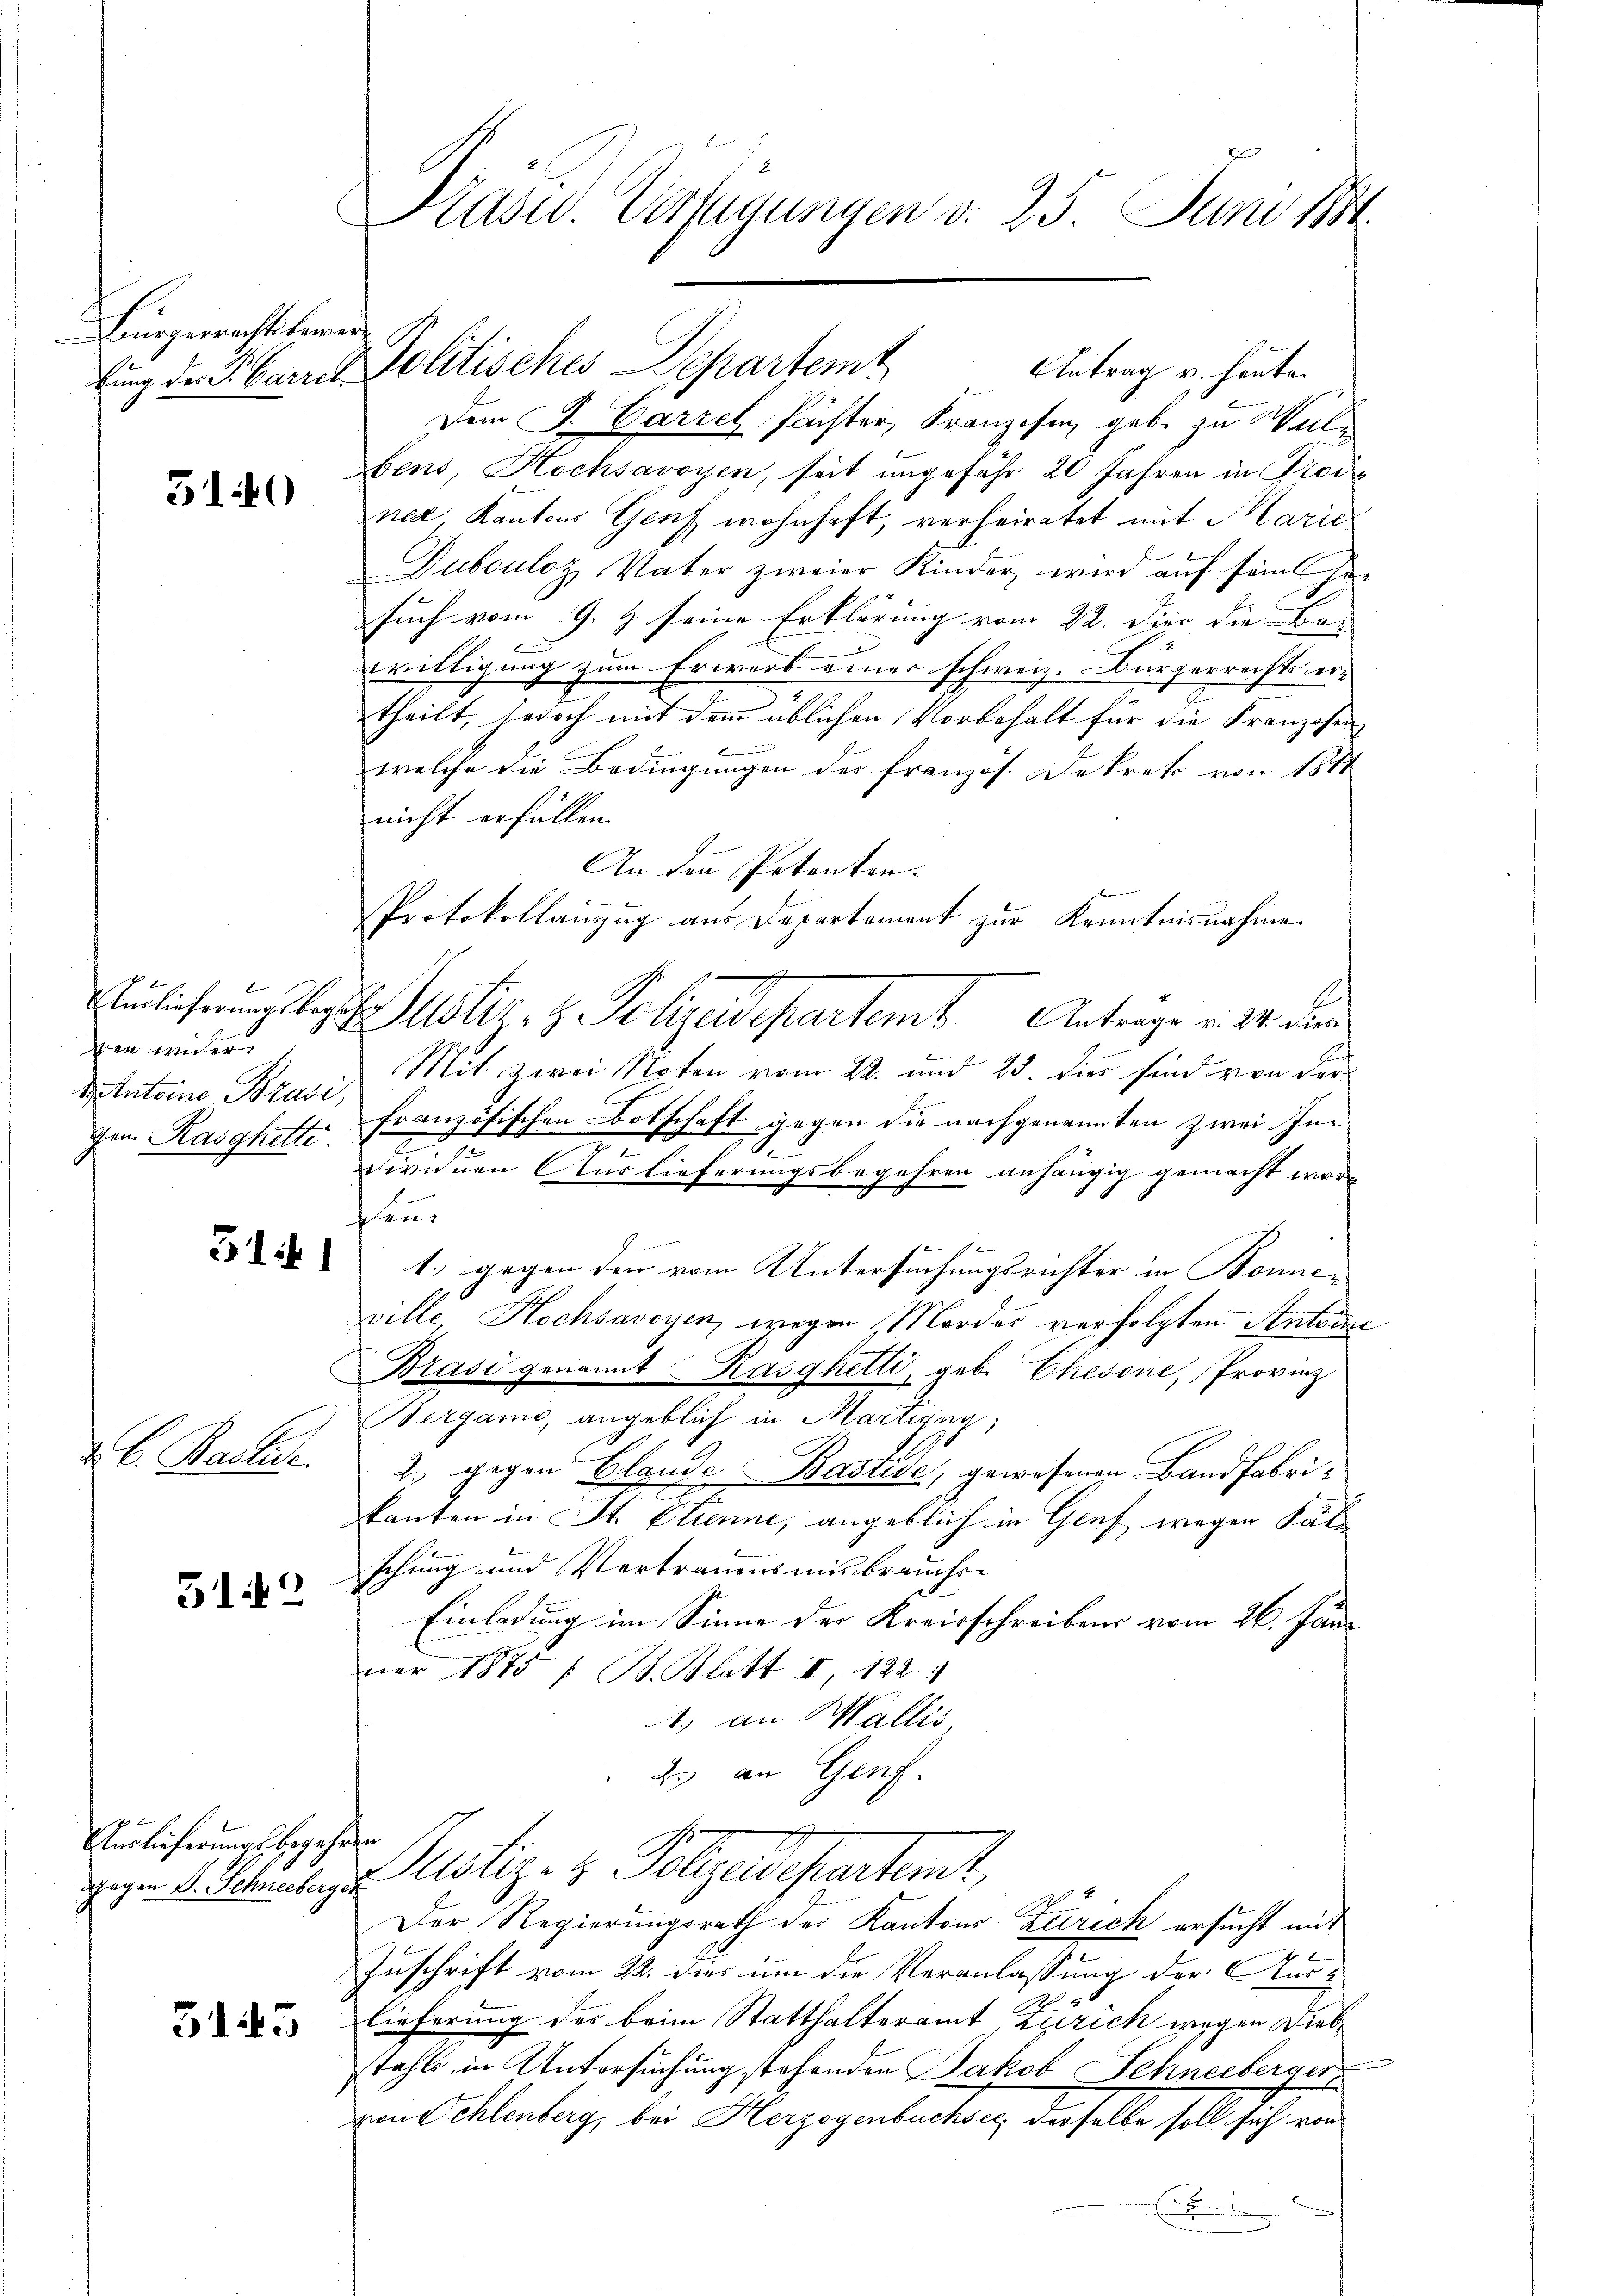
Bürgerrechts bemerfung der S. Barret

310

ben ander
d Anteine Brasi,
gem Rasghetti.

5141

C. Bachse

312

Hürlicherungsbegehren

Kasw. Verfügungen v. 25. Juni 1884.

Dem J. Carzel Pächter, Franzosen geb. zu Wülbens, Hochsavoyen, seit ungefähr 20 Jahren in Proce
ner Kantons Genf wohnhaft, verheiratet mit Marie
Dubouloz Vater zweier Kinder, wird auf sein Gesuch vom 9. J. seine Erklärung vom 22. Dier die Bei
b
willigung zum Erwerb eines schweiz. Bürgerrechts er-
2
theilt, jedoch mit dem üblichen Vorbehalt für die Franzosen
e
B
welche die Bedingungen der französ. Dekret von 1817
nicht erfüllen.
An den Petenten.
Protokollanzug aus Departement zur Kenntnisnahme.
A
Anlieferungsbeges Illiz- & Polizeidepartem Antrage v. 24. dien
Mit, zwei Noten vom 22. und 23. dies sind von der
französischen Botschaft gegen die nachgenannten zwei Ine
2
dividuen Auslieferungsbegehren anhängig gemacht worhen
1.) gegen den vom Untersuchungsrichter in Bonnepille Hochsavoyen, wegen Mordes verfolgten Antoine
Brasi genannt Rasghetti, geb. Cherone, Provinz
Bergani, angeblich in Martigny,
2. gegen Glande Bastise, gewesenen Bandfabrie
kanten in St. Clienne, angeblich in Genf wegen Sätz
schung und Vertrauens mit brauchs-
Einladung im Sinne der Kreisschreibens vom 26. Juni
ner 1875 f. B. Blatt II, 122 1
t.) an Wallis,
2. an Genf
zu 4. Petenten Rustiz- & Polizeidepartemt,
Der Regierungsrath der Kantons Zürich ersucht mit
Zuschrift vom 22. dies um die Veranlassung der Aus¬
2
ue Lieferung der beim Statthalteramt Zürich wegen Diebstahls in Untersuchung stehenden Jakob Schneebergervon Schlenberg, bei Herzegenbuchen, derselbe soll sich ein

Politisches Departemt
Antrag v. heute.